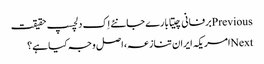
Previousبرفانی چیتا بارے جانئے اِک دلچسپ حقیقت
Nextامریکہ ایران تنازعہ، اصل وجہ کیا ہے؟